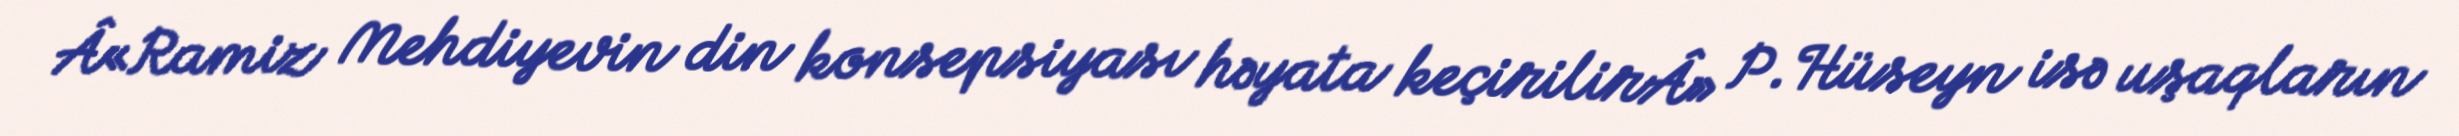
Â«Ramiz Mehdiyevin din konsepsiyası həyata keçirilirÂ» P.Hüseyn isə uşaqların